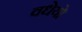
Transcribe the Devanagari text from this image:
वधेयो